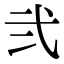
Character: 弐